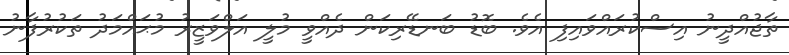
ތާޖުއްދީނު އިސްކުރައްވައިފި އެވެ. ބޮޑު ބަނޑޭރިކަން ދެއްވީ މުލީ އަލްވަޒީރު މުޙައްމަދު ތަކުރުފާނު